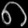
Digit: ၈